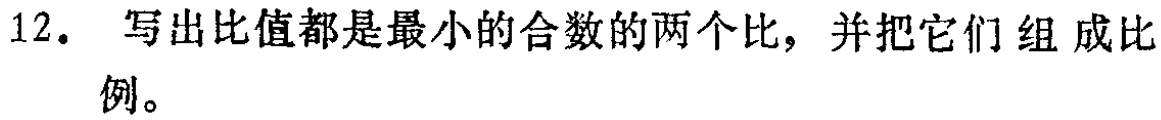
12. 写出比值都是最小的合数的两个比，并把它们组成比例。